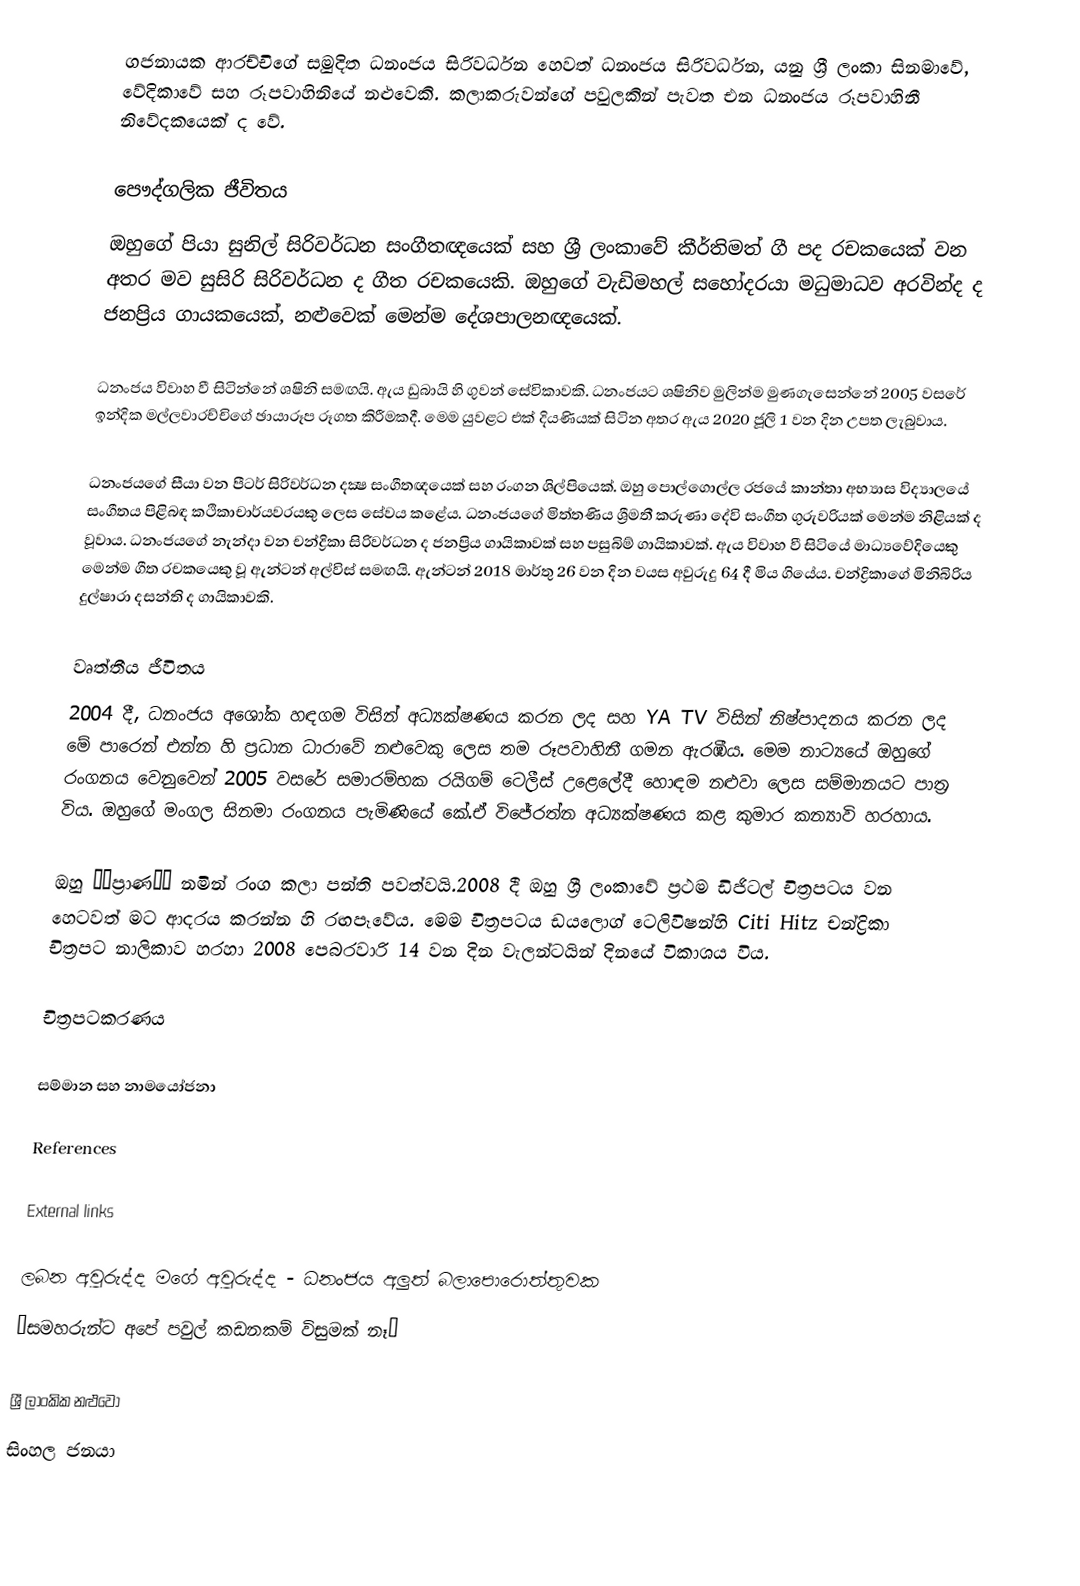
ගජනායක ආරච්චිගේ සමුදිත ධනංජය සිරිවර්ධන හෙවත් ධනංජය සිරිවර්ධන, යනු ශ්‍රී ලංකා සිනමාවේ, වේදිකාවේ සහ රූපවාහිනියේ නළුවෙකි. කලාකරුවන්ගේ පවුලකින් පැවත එන ධනංජය රූපවාහිනී නිවේදකයෙක් ද වේ.

පෞද්ගලික ජීවිතය
ඔහුගේ පියා සුනිල් සිරිවර්ධන සංගීතඥයෙක් සහ ශ්‍රී ලංකාවේ කීර්තිමත් ගී පද රචකයෙක් වන අතර මව සුසිරි සිරිවර්ධන ද ගීත රචකයෙකි. ඔහුගේ වැඩිමහල් සහෝදරයා මධුමාධව අරවින්ද ද ජනප්‍රිය ගායකයෙක්, නළුවෙක් මෙන්ම දේශපාලනඥයෙක්.

ධනංජය විවාහ වී සිටින්නේ ශෂිනි සමඟයි. ඇය ඩුබායි හි ගුවන් සේවිකාවකි. ධනංජයට ශෂිනිව මුලින්ම මුණගැසෙන්නේ 2005 වසරේ ඉන්දික මල්ලවාරච්චිගේ ඡායාරූප රූගත කිරීමකදී. මෙම යුවළට එක් දියණියක් සිටින අතර ඇය 2020 ජූලි 1 වන දින උපත ලැබුවාය.

ධනංජයගේ සීයා වන පීටර් සිරිවර්ධන දක්‍ෂ සංගීතඥයෙක් සහ රංගන ශිල්පියෙක්. ඔහු පොල්ගොල්ල රජයේ කාන්තා අභ්‍යාස විද්‍යාලයේ සංගීතය පිළිබඳ කථිකාචාර්යවරයකු ලෙස සේවය කළේය. ධනංජයගේ මිත්තණිය ශ්‍රීමතී කරුණා දේවි සංගීත ගුරුවරියක් මෙන්ම නිළියක් ද වූවාය. ධනංජයගේ නැන්දා වන චන්ද්‍රිකා සිරිවර්ධන ද ජනප්‍රිය ගායිකාවක් සහ පසුබිම් ගායිකාවක්. ඇය විවාහ වී සිටියේ මාධ්‍යවේදියෙකු මෙන්ම ගීත රචකයෙකු වූ ඇන්ටන් අල්විස් සමඟයි. ඇන්ටන් 2018 මාර්තු 26 වන දින වයස අවුරුදු 64 දී මිය ගියේය. චන්ද්‍රිකාගේ මිනිබිරිය දුල්ෂාරා දසන්ති ද ගායිකාවකි.

වෘත්තීය ජීවිතය
2004 දී, ධනංජය අශෝක හඳගම විසින් අධ්‍යක්ෂණය කරන ලද සහ YA TV විසින් නිෂ්පාදනය කරන ලද මේ පාරෙන් එන්න හි ප්‍රධාන ධාරාවේ නළුවෙකු ලෙස තම රූපවාහිනී ගමන ඇරඹීය. මෙම නාට්‍යයේ ඔහුගේ රංගනය වෙනුවෙන් 2005 වසරේ සමාරම්භක රයිගම් ටෙලීස් උළෙලේදී හොඳම නළුවා ලෙස සම්මානයට පාත්‍ර විය. ඔහුගේ මංගල සිනමා රංගනය පැමිණියේ කේ.ඒ විජේරත්න අධ්‍යක්ෂණය කළ කුමාර කන්‍යාවි හරහාය.

ඔහු ‘‘ප්‍රාණ’’ නමින් රංග කලා පන්ති පවත්වයි.2008 දී ඔහු ශ්‍රී ලංකාවේ ප්‍රථම ඩිජිටල් චිත්‍රපටය වන හෙටවත් මට ආදරය කරන්න හි රඟපෑවේය. මෙම චිත්‍රපටය ඩයලොග් ටෙලිවිෂන්හි Citi Hitz චන්ද්‍රිකා චිත්‍රපට නාලිකාව හරහා 2008 පෙබරවාරි 14 වන දින වැලන්ටයින් දිනයේ විකාශය විය.

චිත්‍රපටකරණය

සම්මාන සහ නාමයෝජනා

References

External links

ලබන අවුරුද්ද මගේ අවුරුද්ද - ධනංජය අලුත් බලාපොරොත්තුවක
“සමහරුන්ට අපේ පවුල් කඩනකම් විසුමක් නෑ”

ශ්‍රී ලාංකික නළුවෝ
සිංහල ජනයා